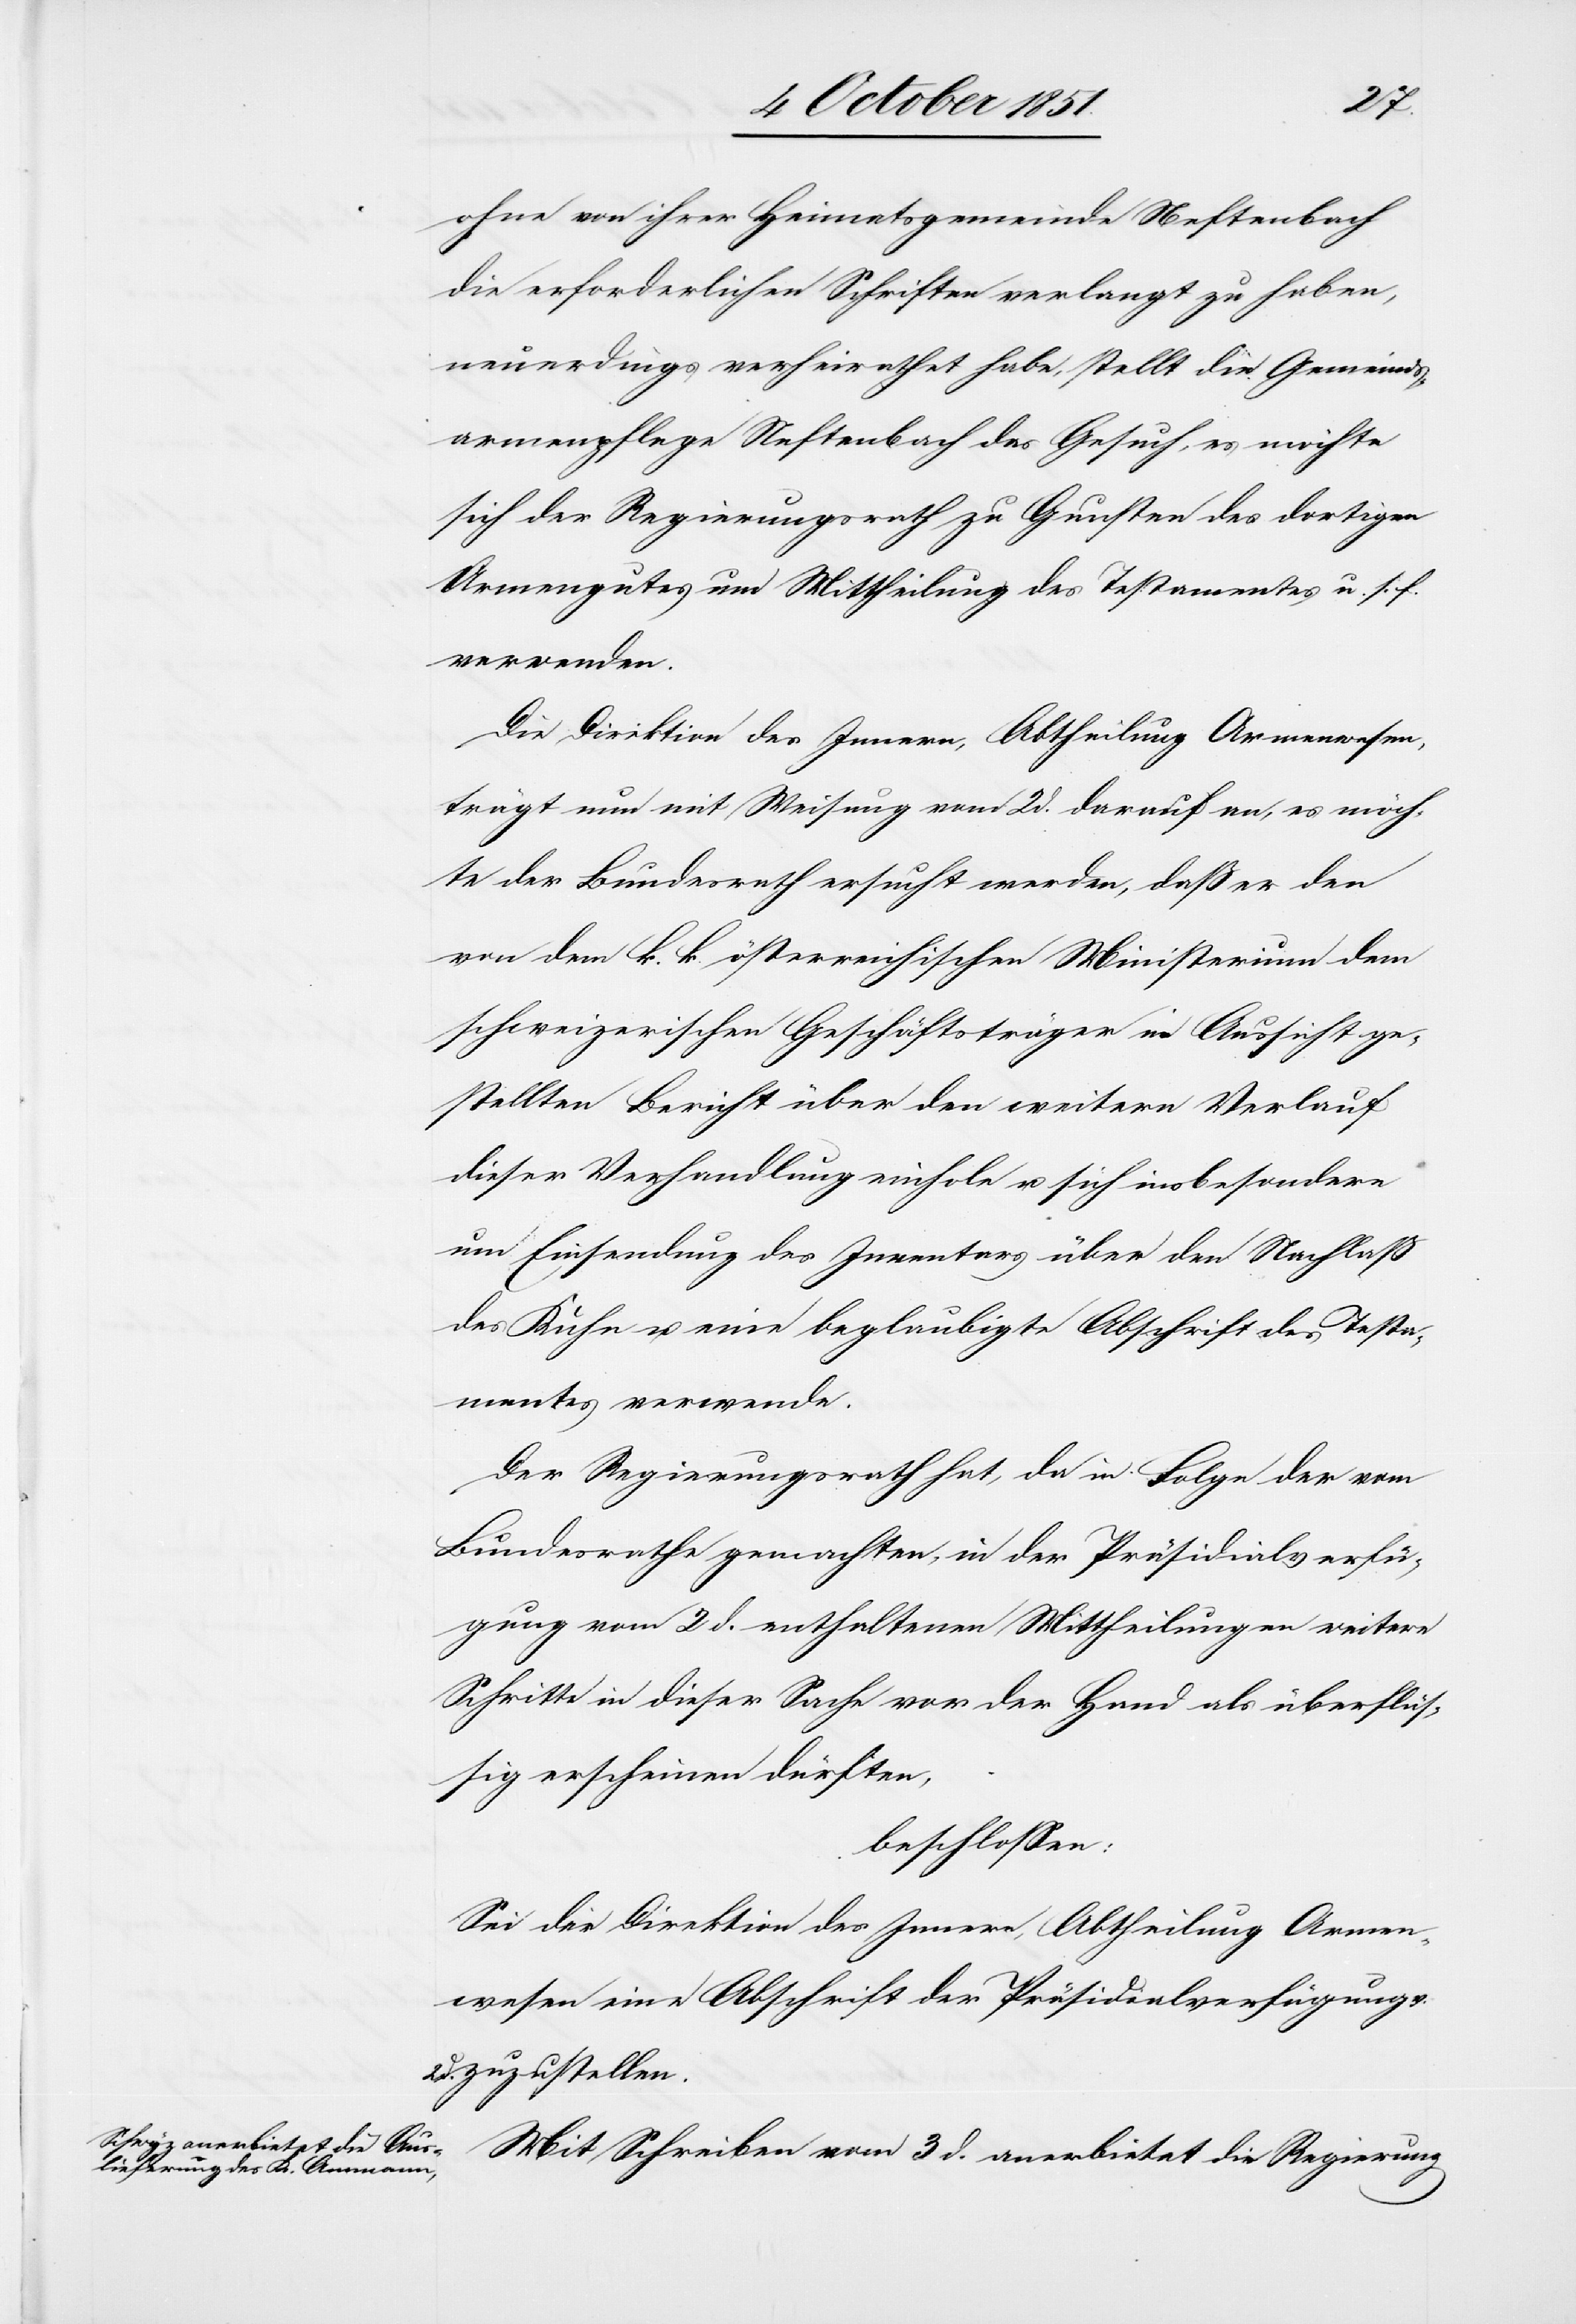
ohne von ihrer Heimatsgemeinde Neftenbach
die erforderlichen Schriften verlangt zu haben,
neuerdings verheirathet habe, stellt die Gemeinds¬
armenpflege Neftenbach das Gesuch, es möchte
sich der Regierungsrath zu Gunsten des dortigen
Armengutes um Mittheilung des Testamentes u. s. f.
verwenden.
Die Direktion des Innern, Abtheilung Armenwesen,
trägt nun mit Weisung vom 2 d. darauf an, es möch¬
te der Bundesrath ersucht werden, daß er den
von dem k. k. österreichischen Ministerium dem
schweizerischen Geschäftsträger in Aussicht ge¬
stellten Bericht über den weitern Verlauf
dieser Verhandlung einhole u. sich insbesondere
um Einsendung des Inventars über den Nachlaß
des Kuhn u. eine beglaubigte Abschrift des Testa¬
mentes verwende.
Der Regierungsrath hat, da in Folge der vom
Bundesrathe gemachten, in der Präsidialverfü¬
gung vom 2 d. enthaltenen Mittheilungen weitere
Schritte in dieser Sache vor der Hand als überflüs¬
sig erscheinen dürften,
beschlossen:
Sei der Direktion des Innern, Abtheilung Armen¬
wesen eine Abschrift der Präsidialverfügung
d. zuzustellen.
Mit Schreiben vom 3 d. anerbietet die Regierung